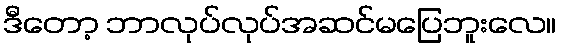
ဒီတော့ ဘာလုပ်လုပ်အဆင်မပြေဘူးလေ။